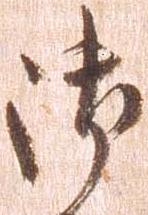
御